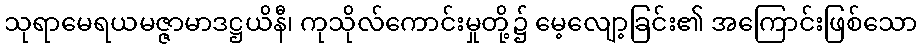
သုရာမေရယမဇ္ဇာမာဒဋ္ဌယိနီ၊ ကုသိုလ်ကောင်းမှုတို့၌ မေ့လျော့ခြင်း၏ အကြောင်းဖြစ်သော